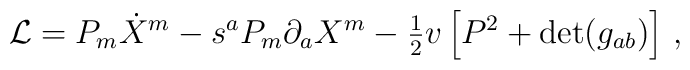
{\cal L}  = P_m \dot {X}^m - s^a P_m\partial_a X^m -{\textstyle{1\over 2}} v \left [ P^2 + {\rm det} (g_{ab}) \right ]\, ,